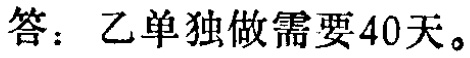
答：乙单独做需要40天。